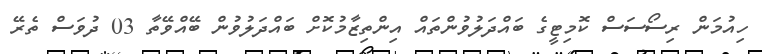
ހިއުމަން ރިސޯސަސް ކޮމިޓީގެ ބައްދަލުވުންތައް އިންތިޒާމުކޮށް ބައްދަލުވުން ބޭއްވޭތާ 03 ދުވަސް ތެރޭ